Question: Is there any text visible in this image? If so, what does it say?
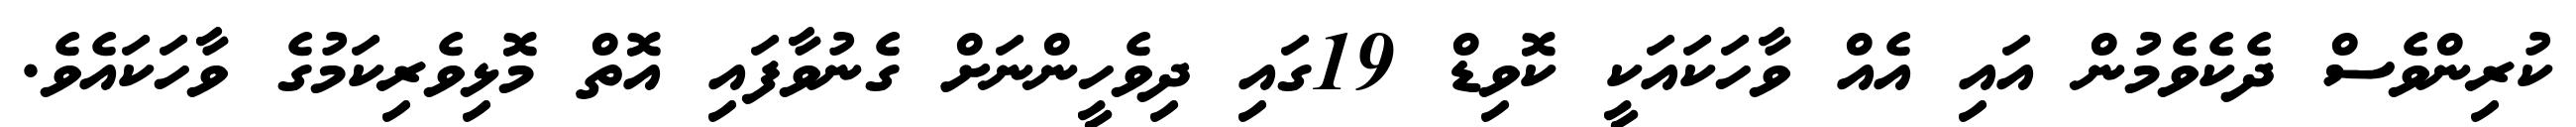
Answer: ކުރިންވެސް ދެކެވެމުން އައި އެއް ވާހަކައަކީ ކޮވިޑް 19ގައި ދިވެހީންނަށް ގެނުވާފައި އޮތް މޮޅިވެރިކަމުގެ ވާހަކައެވެ.